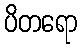
ပိတရော